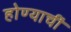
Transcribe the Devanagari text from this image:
होण्याचीं